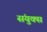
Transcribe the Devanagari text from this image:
संयुक्स